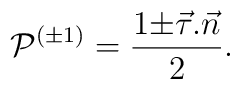
{\cal P}^{(\pm 1)}=\frac{1{\pm}\vec{\tau}.\vec{n}}{2}.